Annual statistical returns and brief notes on vaccination in Bengal - 1887-1898
Year: 1887
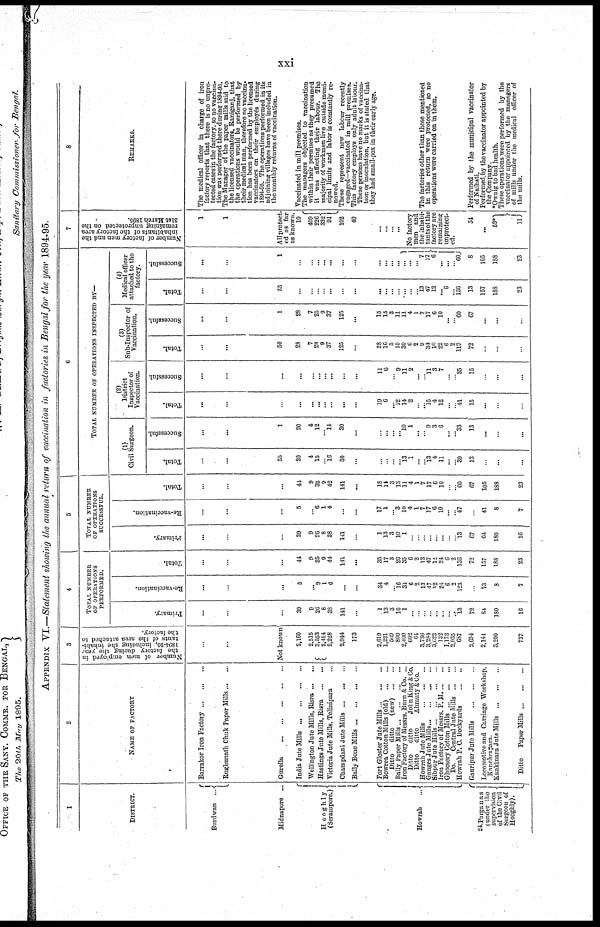
xxi
APPENDIX VI.—Statement showing the annual return of vaccination in factories in Bengal for the year 1894-95.
1
DISTRICT.
Burdwan
...
Midnapore ...
Hooghly
(Serampore.)
Howrah ...
24-Parganas
(under the
supervision
of the Civil
Surgeon of
Hooghly).
2
NAME OF FACTORY
Barrakor Iron Factory ... ... ...
Rughunath Chuk Paper Mills...
...
Gurella
...
...
...
...
...
...
India Jute Mills
...
...
...
...
Wellington Jute Mills, Risra
...
...
Hastings Jute Mills, Risra
...
...
Victoria Jute Mills, Telinipara ...
Champdani Jute Mills ... ... ...
Bally Bone Mills ... ... ... ...
Fort Gloster Jute Mills
...
...
...
Bowrea Cotton Mills (old)
Ditto
ditto
(new)
...
...
Bally Paper Mills
...
...
...
...
Iron Factory of Messrs. Burn & Co. ...
Ditto
ditto
John King & Co.
Ditto
ditto
Ahmuty & Co.
Howrah Jute Mills
...
......
Ganges Jute Mills
...
...
...
Sibpur Jute Mills
...
...
...
Iron Factory of Messrs. P. M. ... ...
Ghoosery Cotton Mills
...
...
Do.
Central Jute Mills
...
...
Howrah P. C. Dockyards
...
...
Gauripur Jute Mills
...
...
...
Locomotive and Carriage Workshop,
Kanchrapara.
Kankinara Jute Mills
...
...
Ditto
Paper Mills
...
...
...
3
Number of men employed in
the factory during the year
1894-95, including the inhabi-
tants of the area attached to
the factory.
...
...
Not known
2,160
2,515
3,553
2,414
2,228
2,944
173
2,019
1,221
569
800
2,400
602
64
3,736
3,284
3,022
132
1,173
2,035
687
2,694
2,144
3,200
737
4
TOTAL NUMBER
OF OPERATIONS
PERFORMED.
Primary.
...
...
...
39
9
26
8
38
141
...
1
13
3
10
1
...
...
...
... ...
...
...
...
13
72
84
180
16
Re-vaccination.
...
...
...
5
...
9 1
6
...
...
34
4
...
16 34
6
2
13
47
12
24
6
2
123
...
73
8
7
Total.
...
...
...
44
9
35
9
44
141
...
35
17
3
26
35
6
2
13
47
12
24
6
2
136
72
157
188
23
5
TOTAL NUMBER
OF OPERATIONS
SUCCESSFUL.
Primary.
...
...
...
39
9
26
8
38
141
...
1
13
3
10
1
...
...
...
...
...
...
...
...
13
67
64
180
16
Re-vaccination.
...
...
...
5
...
6
1
4
...
...
17
1
... 3
10
4
1
7
17
6
10
...
... 47
...
41
8
7
Total.
...
...
...
41
9
32
9
42
141
...
18
14
3
13
11
4
1
7
17
6
10
...
...
60
67
105
188
23
6
TOTAL NUMBER OF OPERATIONS INSPECTED BY—
(1)
Civil Surgeon.
Total.
...
...
55
20
4
15
...
16
30
...
...
...
...
...
13
1
...
...
13
4
11
...
...
39
13
...
...
...
Successful.
...
...
1
20
4
12
... 14
30
...
...
...
...
...
10
1
...
...
9
3
6
...
...
33
13
...
...
...
(2)
District
Inspector of
Vaccination.
Total.
...
...
...
...
...
...
...
...
...
...
19
6
... 12
14
2
...
...
15
4
12
...
...
41
15
...
...
...
Successful.
...
...
...
...
...
...
...
...
...
...
11
6
...
9
11
2
...
...
11
3
7
...
...
35
15
...
...
...
(3)
Sub-Inspector of
Vaccination.
Total.
...
...
50
28
7
28
9
37
125
...
28
16
3
15
30
6
2
9
34
10
22
6
2
119
72
...
...
...
Successful.
...
...
1
28
7
25
9
37
125
...
15
13
3
11
11
4
1
7
17
6
10
...
...
60
67
...
...
...
(4)
Medical officer
attached to the
factory.
Total.
...
...
55
...
...
...
...
...
...
...
...
...
...
...
...
...
...
13
47
12
... 6
... 136
13
157
188
23
Successful.
...
...
1
...
...
...
...
...
...
...
...
...
...
...
... ...
...
7
17 6
...
...
1
60
8
105
188
23
7
Number of factory men and the
inhabitants of the factory area
remaining unprotected on the
31st March 1895.
1
1
All protect-
ed as for
as known.
10
409
226
332
91
102
49
...
...
...
...
No factory
men
ana
the inhabi-
tants of the
factory are
remaining
unprotect-
ed.
54
...
59*
11
8
REMARKS.
The medical officer in charge of iron
factory reports that there is no unpro-
tected cases in the factory, so no vaccina-
tion was performed there during 1894-95.
The Manager of the paper mills said to
the licensed vaccinators, Raniganj, that
the operations would be performed by
their medical man, therefore no vaccina-
tion has been performed by the licensed
vaccinators on their employes during
1894-95. The operations performed in its
adjoining villages have been included in
the monthly returns of vaccination.
Vaccinated in mill premises.
The managers objected to vaccination
within their permises as they presumed
it was affecting their labour.
The
majority of workmen live outside muni-
cipal limits and labor is constantly re-
newed.
These represent new labour recently
engaged—vaccinated in mill premises.
This factory employs only adult labour.
These persons have no marks of vaccina-
tion or inoculation, but it is stated that
they had small-pox in their early age.
The factories other than those mentioned
in this return were protected, so no
operations were carried on in them.
Performed by the municipal vaccinator
of Naihati.
Performed by the vaccinator appointed by
the Company.
*Ownig to bad health.
These operations were performed by the
vaccinator appointed by the managers
of mills under the medical officer of
the mills.